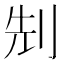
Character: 𠜎